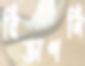
বিজ্ঞাপনি